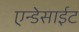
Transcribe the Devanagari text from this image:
एन्डेसाईट